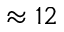
\approx 1 2